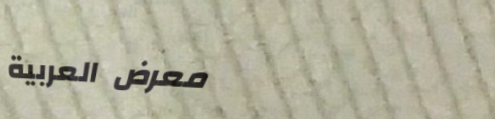
معرض العربية